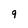
Character: g